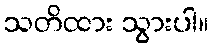
သတိထား သွားပါ။